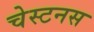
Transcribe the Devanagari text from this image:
चेस्टनस